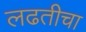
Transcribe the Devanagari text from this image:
लढतीचा